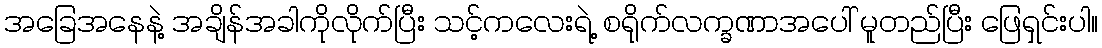
အခြေအနေနဲ့ အချိန်အခါကိုလိုက်ပြီး သင့်ကလေးရဲ့ စရိုက်လက္ခဏာအပေါ် မူတည်ပြီး ဖြေရှင်းပါ။